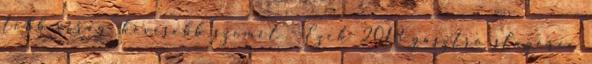
több virág, kevesebb szemét - Ezek 2018 gasztro slágerei